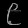
Digit: ၉